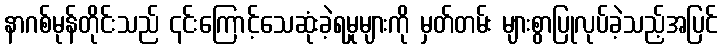
နာဂစ်မုန်တိုင်းသည် ၎င်းကြောင့်သေဆုံးခဲ့ရမှုများကို မှတ်တမ်း များစွာပြုလုပ်ခဲ့သည့်အပြင်